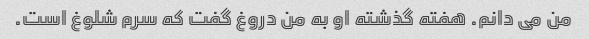
من می دانم. هفته گذشته او به من دروغ گفت که سرم شلوغ است.